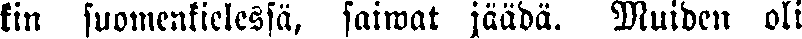
kin suomenkielessä, saiwat jäädä. Muiden oli